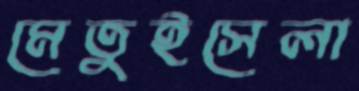
মেতুইসেলা